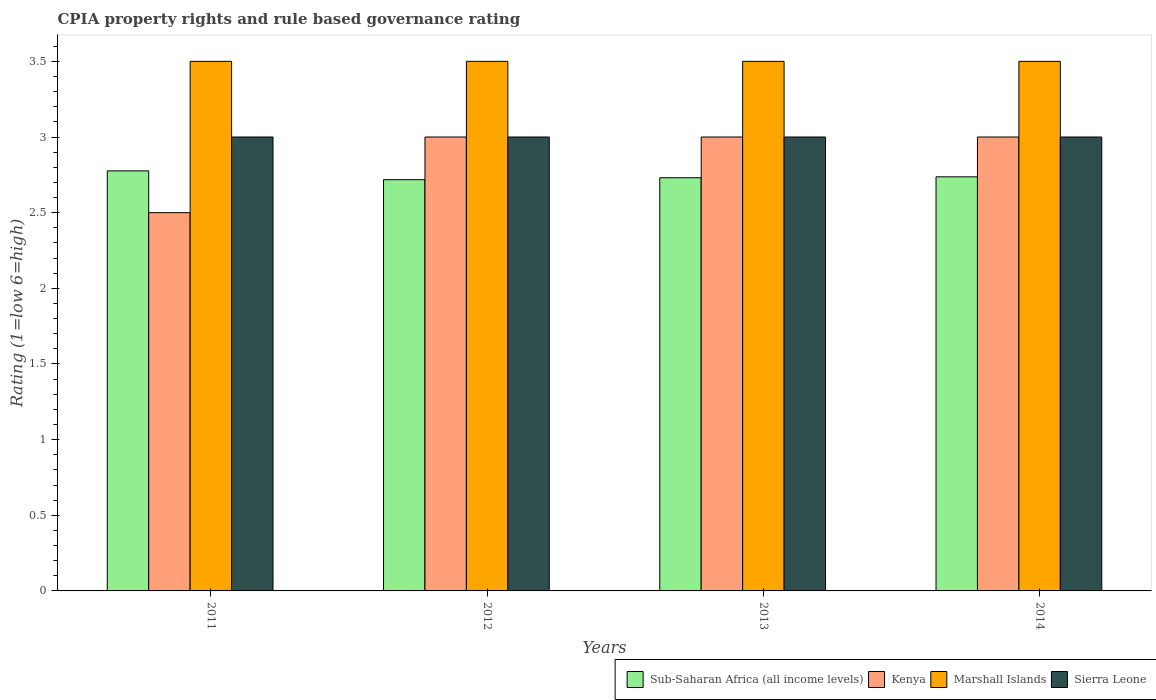
| Years | Sub-Saharan Africa (all income levels) | Kenya | Marshall Islands | Sierra Leone |
 | --- | --- | --- | --- | --- |
 | 2011 | 2.78 | 2.5 | 3.5 | 3 |
 | 2012 | 2.72 | 3 | 3.5 | 3 |
 | 2013 | 2.73 | 3 | 3.5 | 3 |
 | 2014 | 2.74 | 3 | 3.5 | 3 |